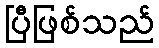
ပြီဖြစ်သည်